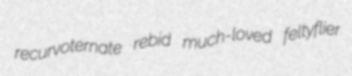
recurvoternate rebid much-loved feltyflier